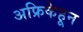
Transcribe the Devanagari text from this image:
अफ्रिकेहून